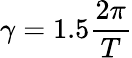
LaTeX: \gamma=1.5\frac{2\pi}{T}